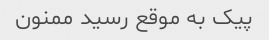
پیک به موقع رسید ممنون